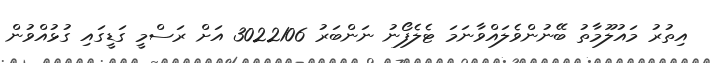
އިތުރު މައުލޫމާތު ބޭނުންވެލައްވާނަމަ ޓެލެފޯނު ނަންބަރު 3022106 އަށް ރަސްމީ ގަޑީގައި ގުޅުއްވުން